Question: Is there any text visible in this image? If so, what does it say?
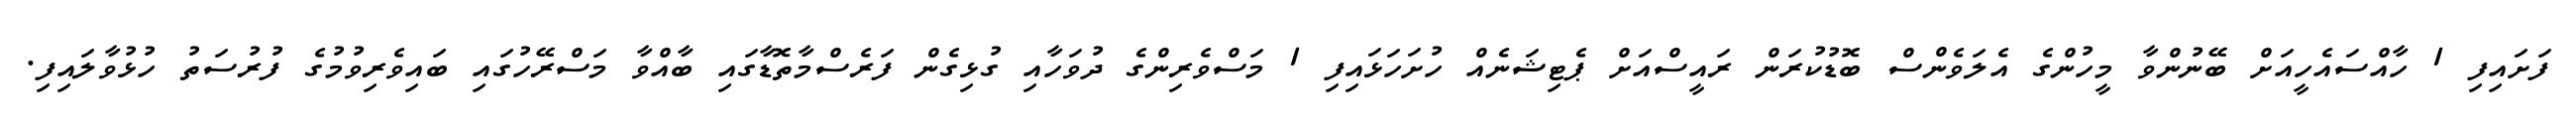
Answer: ފަށައިފި 1 ހާއްސައެހީއަށް ބޭނުންވާ މީހުންގެ އެލަވެންސް ބޮޑުކުރަން ރައީސްއަށް ޕެޓިޝަނެއް ހުށަހަޅައިފި 1 މަސްވެރިންގެ ދުވަހާއި ގުޅިގެން ފަރެސްމާތޮޑާގައި ބާއްވާ މަސްރޭހުގައި ބައިވެރިވުމުގެ ފުރުސަތު ހުޅުވާލައިފި.